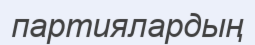
партиялардың